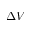
\Delta V